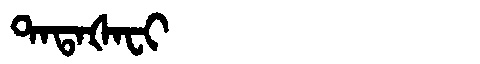
Manchu: ᡨᠠᡨᠠᡧᠠᠸᡳ
Romanization: TATAŠAFI